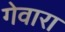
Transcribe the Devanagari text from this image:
गेवारा